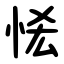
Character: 恡